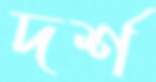
দর্শ